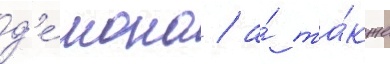
д'е́мона / а́ та́кже